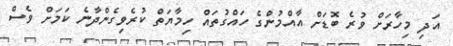
އަދި މިހާރަށް ވުރެ ބޮޑަށް އާއްމުންގެ ހައްގުތައް ހިމާޔަތް ކުރެވިގެންދާނެ ކަމަށް ވެސް